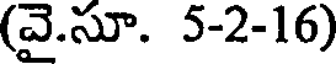
(వై.సూ. 5-2-16)